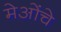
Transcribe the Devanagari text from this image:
मेओंचे